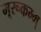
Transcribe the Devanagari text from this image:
मूरूकम्म्